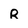
Character: R